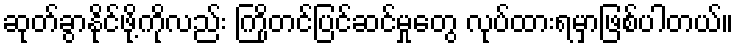
ဆုတ်ခွာနိုင်ဖို့ကိုလည်း ကြိုတင်ပြင်ဆင်မှုတွေ လုပ်ထားရမှာဖြစ်ပါတယ်။